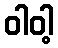
ဝါဝါ့